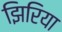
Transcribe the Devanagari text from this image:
झिरिया